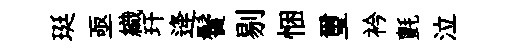
珽亟織玕逄鬢剔悃璽衿氈泣